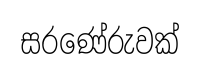
සරණේරුවක්